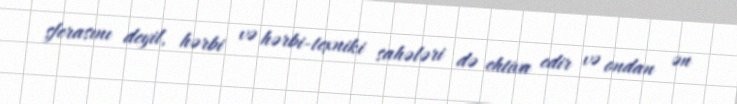
sferasını deyil, hərbi və hərbi-texniki sahələri də ehtiva edir və ondan ən